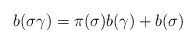
\begin{align*}b(\sigma\gamma)=\pi(\sigma)b(\gamma)+b(\sigma)\end{align*}